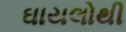
ઘાયલોથી